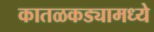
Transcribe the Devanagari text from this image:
कातळकड्यामध्ये